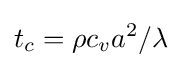
t_{c}=\rho c_{v}a^{2}/\lambda